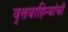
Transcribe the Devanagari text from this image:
वृत्तवाहिन्यांची